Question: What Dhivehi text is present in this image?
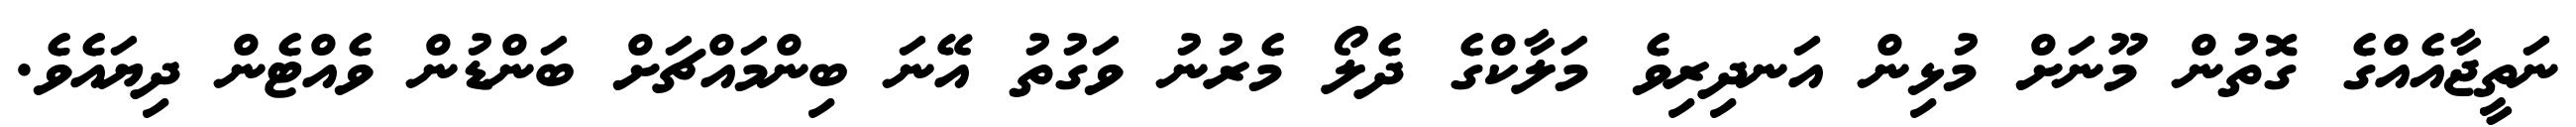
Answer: ނަތީޖާއެއްގެ ގޮތުން މޫނަށް މުޅިން އަނދިރިވެ މަލާކްގެ ދެލޯ މެރުނު ވަގުތު އޭނަ ބިންމައްޗަށް ބަންޑުން ވެއްޓެން ދިޔައެވެ.